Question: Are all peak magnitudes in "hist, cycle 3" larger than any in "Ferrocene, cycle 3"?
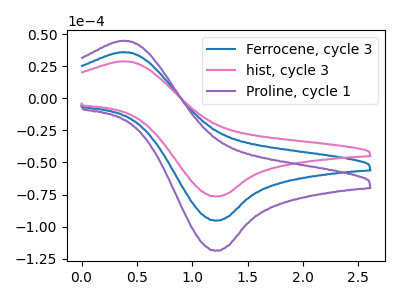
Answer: <think>The blue curve "Ferrocene, cycle 3" has an anodic peak at (0.40V, 36.15uA) and a cathodic peak at (1.20V, -95.35uA). The pink curve "hist, cycle 3" has an anodic peak at (0.40V, 29.00uA) and a cathodic peak at (1.20V, -76.50uA). The purple curve "Proline, cycle 1" has an anodic peak at (0.40V, 72.35uA) and a cathodic peak at (1.20V, -190.70uA).</think>
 <answer>Every peak in "hist, cycle 3" is lower than every peak in "Ferrocene, cycle 3".</answer>
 <eval>lower</eval>